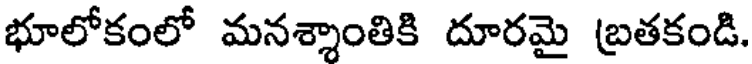
భూలోకంలో మనశ్శాంతికి దూరమై బ్రతకండి.